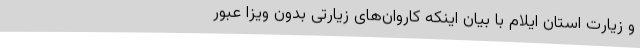
و زیارت استان ایلام با بیان اینکه کاروان‌های زیارتی بدون ویزا عبور